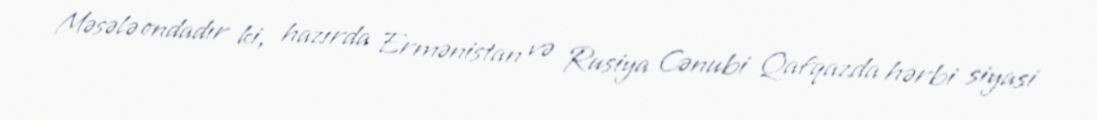
Məsələ ondadır ki, hazırda Ermənistan və Rusiya Cənubi Qafqazda hərbi siyasi